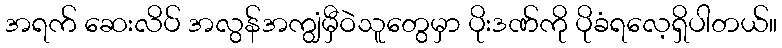
အရက် ဆေးလိပ် အလွန်အကျွံမှီဝဲသူတွေမှာ ပိုးဒဏ်ကို ပိုခံရလေ့ရှိပါတယ်။